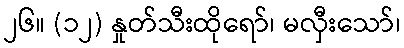
၂၆။ (၁၂) နှုတ်သီးထိုရော်၊ မလှီးသော်၊